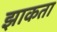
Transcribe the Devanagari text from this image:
झाकता